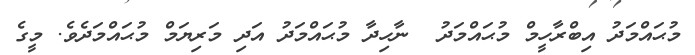
މުޙައްމަދު އިބްރާހީމް މުޙައްމަދު  ނާހިދާ މުޙައްމަދު އަދި މަރިޔަމް މުޙައްމަދެވެ. މީގެ